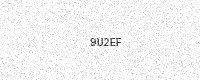
Text: 9U2EF